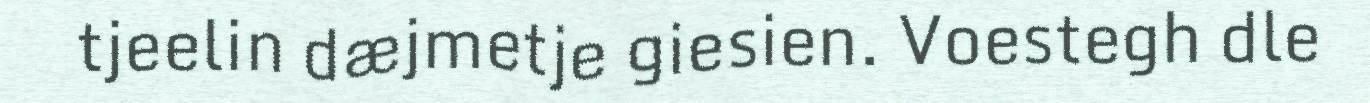
tjeelin dæjmetje giesien. Voestegh dle